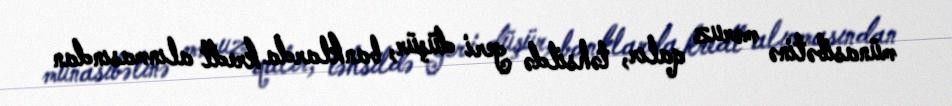
münasibətinə məruz qalır, təhsildə geri düşür, banklarda kredt alınmasından